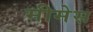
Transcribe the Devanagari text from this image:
मीमेस